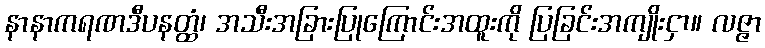
နာနာကရဏဒီပနတ္ထံ၊ အသီးအခြားပြုကြောင်းအထူးကို ပြခြင်းအကျိုးငှာ။ လဇ္ဇာ